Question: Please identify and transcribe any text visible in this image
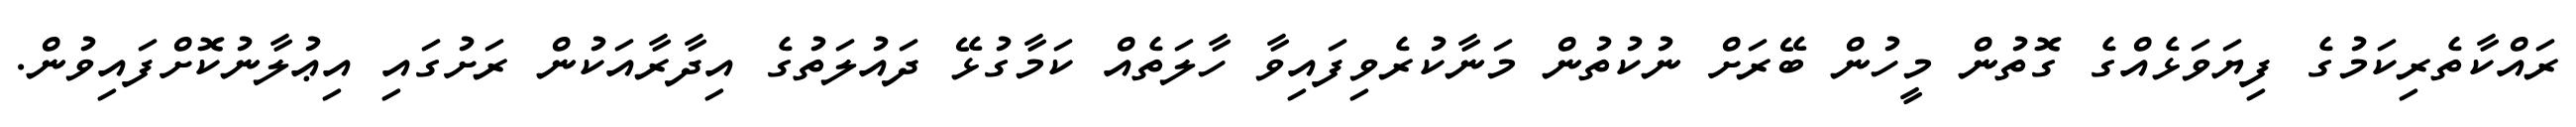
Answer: ރައްކާތެރިކަމުގެ ފިޔަވަޅެއްގެ ގޮތުން މީހުން ބޭރަށް ނުކުތުން މަނާކުރެވިފައިވާ ހާލަތެއް ކަމާގުޅޭ ދައުލަތުގެ އިދާރާއަކުން ރަށުގައި އިޢުލާނުކޮށްފައިވުން.